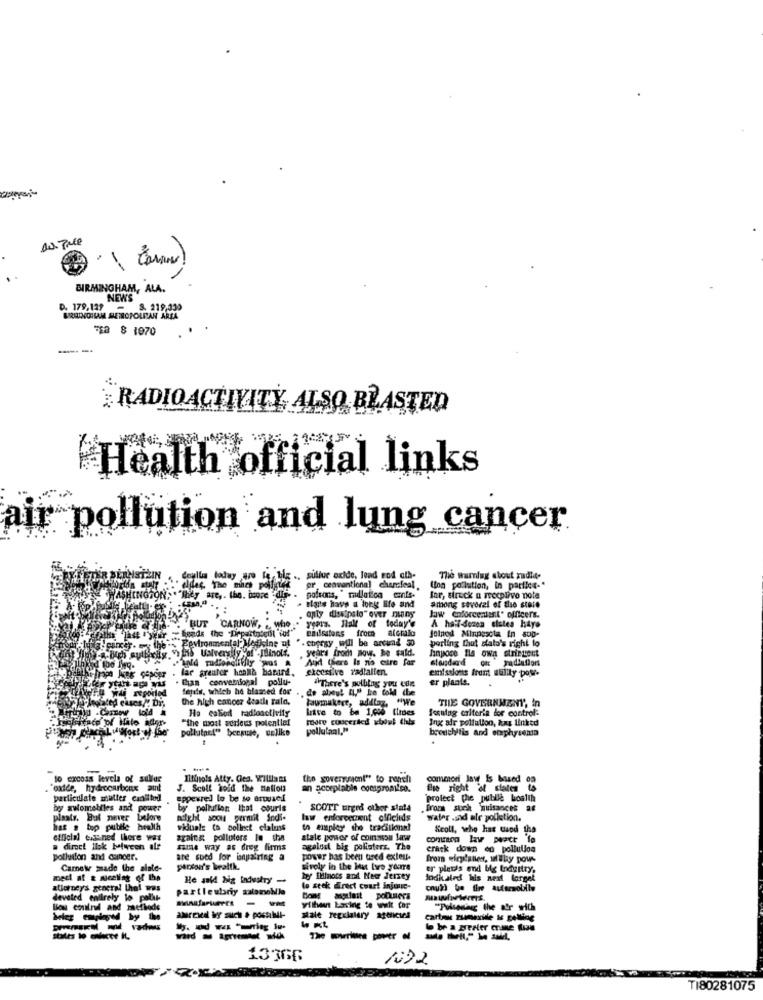
BIRMINGHAM, ALA.
NEWS
D. 179.129 - 8. 219.339
BRINCOILME METROPOLITAN AREA
728 8 1970
RADIOACTIVITY, ALSO BLASTED
Health official links
air pollution and lung cancer
deulla todwy
.. sullur oxide, lend rod cib-
The warning about zudie-
over The mach
pr. ceavantiona] charcfeal.
Una pollution, in parties."
WASHINGTON
Iar, struck u reecplive note
flats have a long life and
only dissipate" over many
among several of the state
BUT CARNOW,
years. Hall of today's
law enforceniest" officers.
heads the .Drpastnietil "to!"
WWW ...
philsstens from alcralo
A half-dozen slutes haye
beamer. the .- Pevironmental Medicine at ". chersy will be around 50
Joined Minpescia in 800-
porling Chut stato's right to
years from now. he said.
hinpose Ils own stringett
And there Is nis cire far
standard ou radiation
far greater hoanh bazard,
skoessive radlallen.
Chan convetional pollu-
emissions from wulity pow-
er plants.
di reported
feils, which he blamed for
. de about IL," he told the
"There's polblag you ede
the high cancer death fald,
lawmakere, adataz, "We
THE GOVERNMENT, In
Loid
Ho caliod radioactivity
live to be 1,000 tlines
Issuing criteria for control
Les of Hile
"the most serious potential
Foure cuoceried about this
Ing air pollution, &xy linked
pollutpet" because, unlike
pollutanl."
bronchitis and emphysenta
to excess levels of sulfur
Iltipols Atty. Ces. Williams
the government" to reneli
common law Is based on
. oxide, hydrocarbonx aut
J. Scoll hoid the naflots
an acceptable compromiso.
fre right & states to
particulate mutter canilled
eppexred lo be so aroused
"protect the publle hoalth
byy awometiles and power
by pollution that couris
SCOTT urged other stata
.from suel quisances an
plaats. But never belore
aiight soon permit Indi-
law enforcement officlids
water .and air pollution.
has s top putitle health
viduals to collect claims
to employ the traditional
Scoll, who has uand the
official exis-ned there was
against polluters in the
stale power of coinssom law
common law pwatt fo
a direct Ilok Miween ale
same way as dreg firms
agelost big pollaters. The
crack down on pollution
pollution and cancer.
are soed for onpairing a
power has been used extes.
from eleplanen, si Wilay pous
Camely made the alale-
sively in the baut biro youre
er pletis end big Industry,
medi at & niceling of the
He anld big Industry -
by filinots and Neer Jersey
Jodialed his next forget
allorney's general that was
partleubry salamobile
to seek drect court injouc-
cull be fine automobile
devoted entirely lo polat-
-
Blow could and methods
without having to wait for
"Pulsada the a'r sich
stale regulatory apolicies
carte rumexile & getting
be a zrester mnane wue
13366
1092
TI80281075